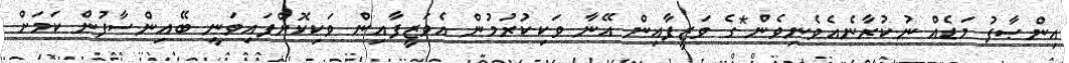
އިންޞާފު މަޑެއް ނުކުރާނެއެވެނިވެން*ގެ ވަޒީފާއިން އޭނާ ވަކިކުރުމުން އެވަޒީފާއިން ވަކިކޮށްފައިވަނީ ބޭއިންސާފުން ކަމަށް